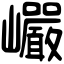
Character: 巗